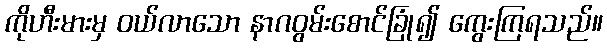
ကိုဟီးမားမှ ဝယ်လာသော နာဂဝွမ်းစောင်ခြုံ၍ ကွေးကြရသည်။